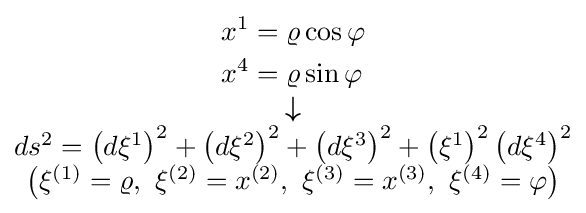
\scriptstyle {\begin{matrix}{\begin{aligned}x^{1}&=\varrho \cos \varphi \\x^{4}&=\varrho \sin \varphi \end{aligned}}\\{\boldsymbol {\downarrow }}\\ds^{2}=\left(d\xi ^{1}\right)^{2}+\left(d\xi ^{2}\right)^{2}+\left(d\xi ^{3}\right)^{2}+\left(\xi ^{1}\right)^{2}\left(d\xi ^{4}\right)^{2}\\\left(\xi ^{(1)}=\varrho ,\ \xi ^{(2)}=x^{(2)},\ \xi ^{(3)}=x^{(3)},\ \xi ^{(4)}=\varphi \right)\end{matrix}}